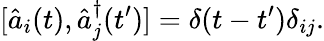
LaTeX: [\hat{a}_{i}(t),\hat{a}_{j}^{\dagger}(t^{\prime})]=\delta(t-t^{\prime})\delta_{ij}.